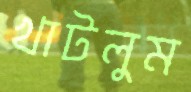
খাটলুম